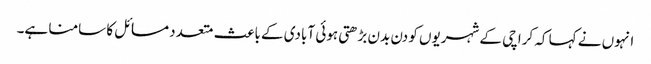
انہوں نے کہا کہ کراچی کے شہریوں کو دن بدن بڑھتی ہوئی آبادی کے باعث متعدد مسائل کا سامنا ہے۔